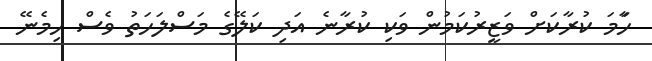
ހަާމަ ކުރާކަށް ވަޒީރުކަމުން ވަކި ކުރާނެ އަދި ކަލޭގެ މަސްލަހަތު ވެސް ހިމެނޭ